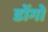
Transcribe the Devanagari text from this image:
डोंगो